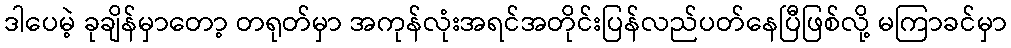
ဒါပေမဲ့ ခုချိန်မှာတော့ တရုတ်မှာ အကုန်လုံးအရင်အတိုင်းပြန်လည်ပတ်နေပြီဖြစ်လို့ မကြာခင်မှာ